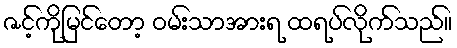
ဇင့်ကိုမြင်တော့ ဝမ်းသာအားရ ထရပ်လိုက်သည်။